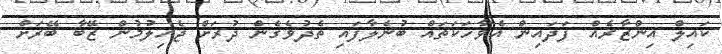
ކައިލް އިންޒާރެއް ފަދައިން އެވާހަކަތައް ބުނެލާފައި ތެދުވެގެން ދުރަށް ޖެހިލުމުން ޒޭބާ ބޭރަށް